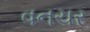
વનચર